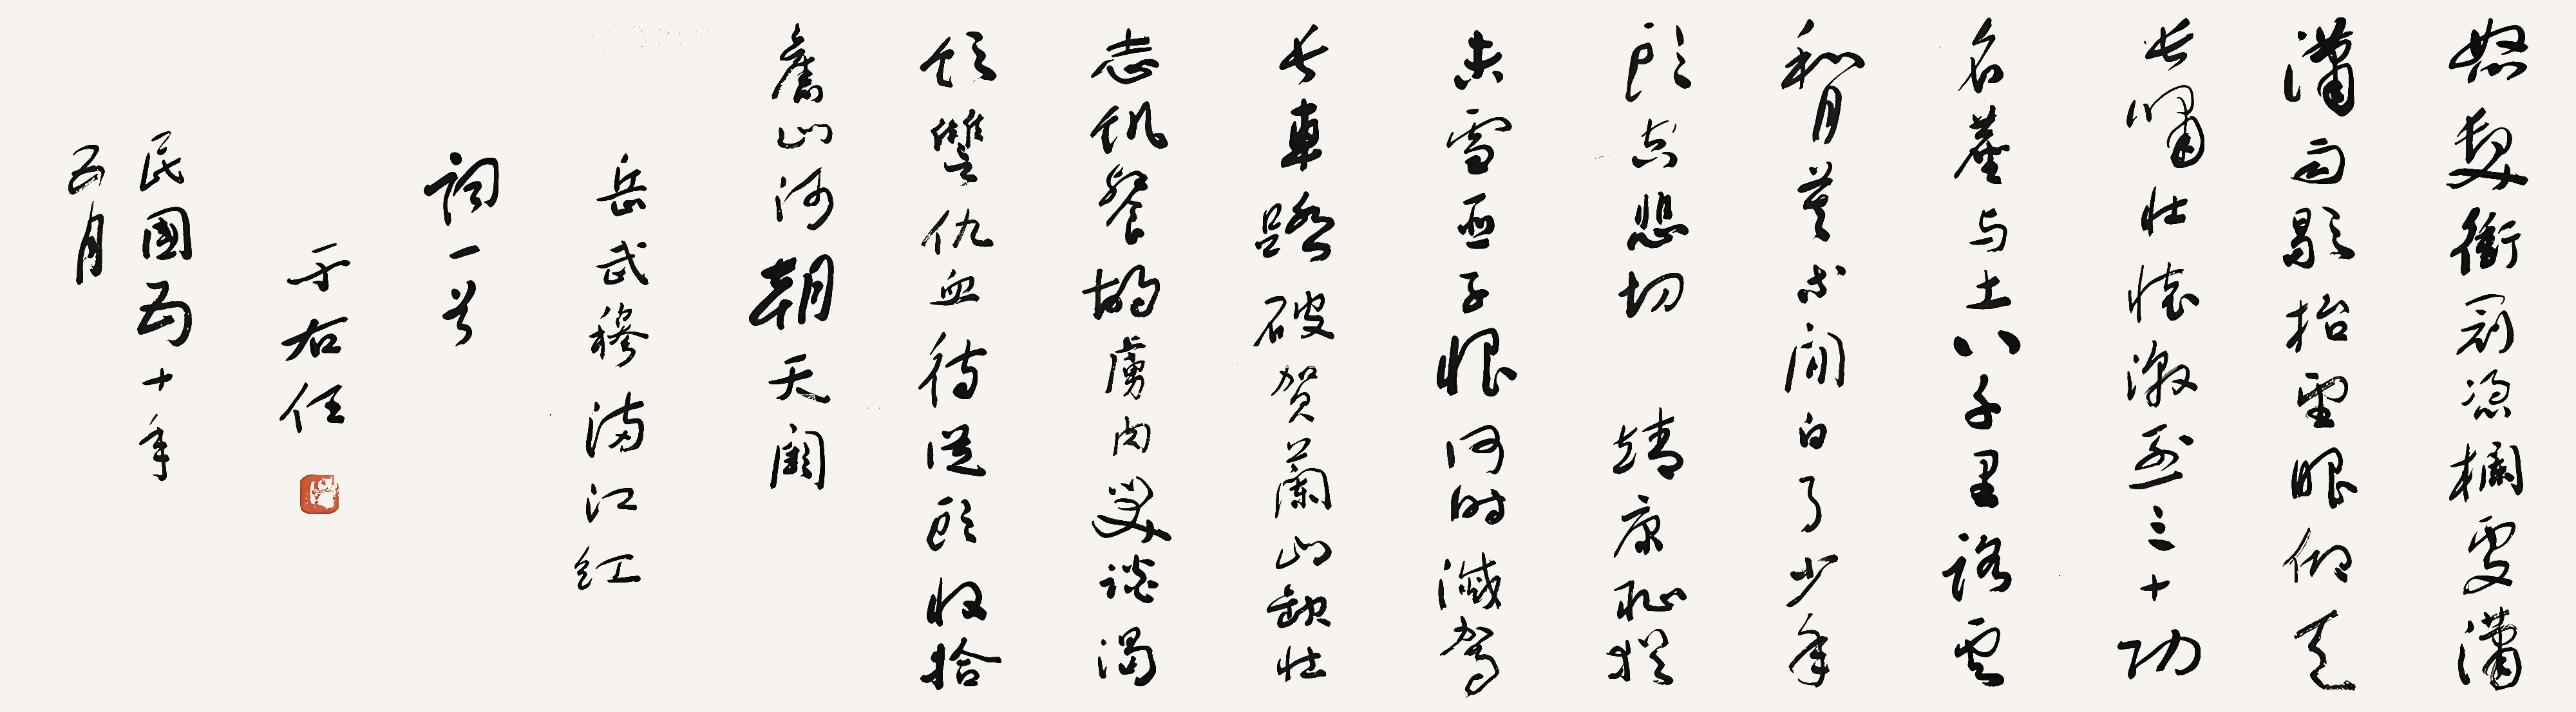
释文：怒发冲冠，凭栏处、潇潇雨歇。抬望眼，仰天长啸，壮怀激烈。三十功名尘与土，八千里路云和月。莫等闲、白了少年头，空悲切。靖康耻，犹未雪；臣子恨、何时灭？驾长车、踏破贺兰山缺。壮志饥餐胡虏肉，笑谈渴饮讐仇血。待从头、收拾旧山河，朝天阙。岳武穆满江红词一首。五十年五月。于右任。